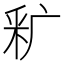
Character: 𬪺